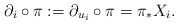
\begin{align*} \partial_i\circ\pi:=\partial_{u_i}\circ\pi=\pi_{*}X_i.\end{align*}